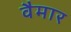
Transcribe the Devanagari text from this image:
वैमार